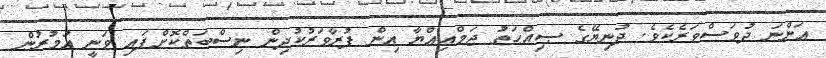
އަންނަ ދުވަސްވަރެކެވެ. ދުނިޔޭގެ ޞިއްޙަތު ޖަމްޢިއްޔާ އިން ފުރާވަރުކުދިން ނިސްބަތްކޮށްފައި ވަނީ އުމުރުން